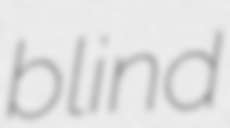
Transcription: blind